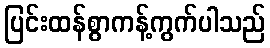
ပြင်းထန်စွာကန့်ကွက်ပါသည်